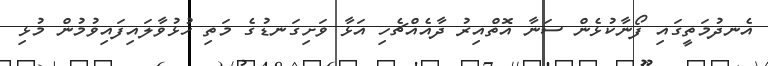
އެނދުމަތީގައި ފޯނާކުޅެން ސަނާ އޮތްއިރު ދާއެއްޗެހި އަޅާ ވަށިގަނޑުގެ މަތި ހުޅުވާލައިފައިވުމުން މުޅި